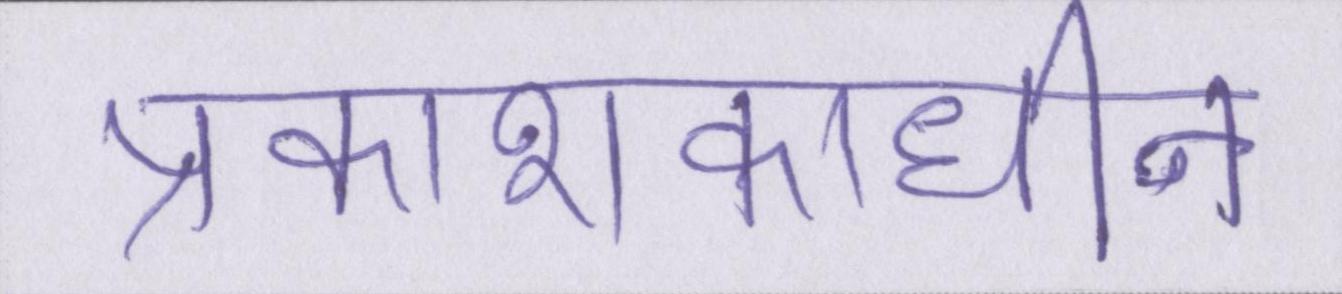
प्रकाशकाधीन